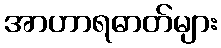
အာဟာရဓာတ်များ